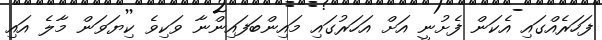
ފަހަރެއްގައި އެކަން ފެށުނީ އަށް އަހަރުގައި މައިންބަފައިންނާ ވަކިވެ ކިޔަވަން މާލެ އައި